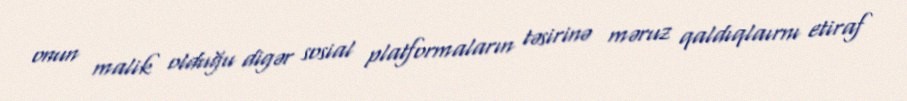
onun malik olduğu digər sosial platformaların təsirinə məruz qaldıqlaırnı etiraf